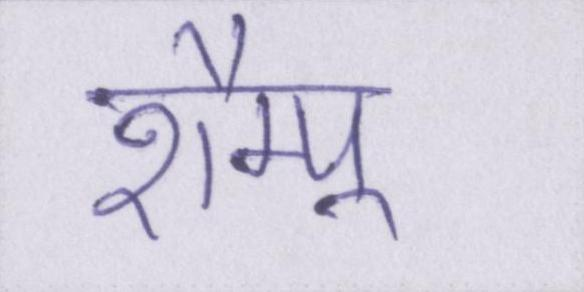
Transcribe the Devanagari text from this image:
शैम्पू